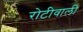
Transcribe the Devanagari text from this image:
रोटीवाली